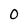
Character: O